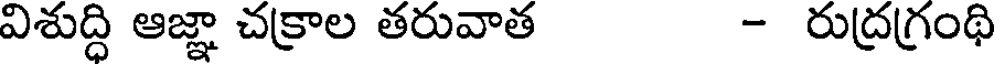
విశుద్ధి ఆజ్ఞా చక్రాల తరువాత - రుద్రగ్రంథి